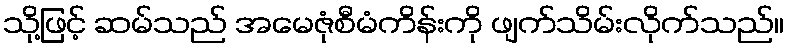
သို့ဖြင့် ဆမ်သည် အမေဇုံစီမံကိန်းကို ဖျက်သိမ်းလိုက်သည်။